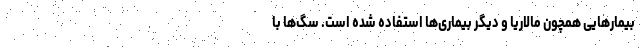
بیمار‌هایی همچون مالاریا و دیگر بیماری‌ها استفاده شده است. سگ‌ها با